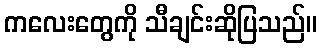
ကလေးတွေကို သီချင်းဆိုပြသည်။